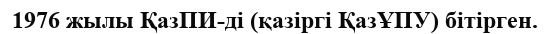
1976 жылы ҚазПИ-ді (қазіргі ҚазҰПУ) бітірген.